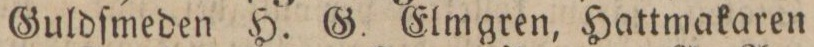
Guldſmeden H. G. Elmgren, Hattmakaren